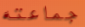
جماعته